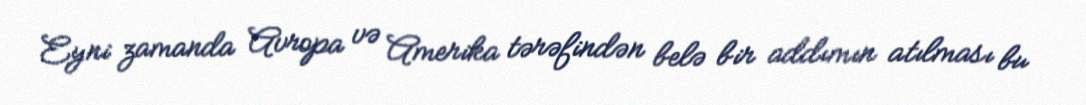
Eyni zamanda Avropa və Amerika tərəfindən belə bir addımın atılması bu